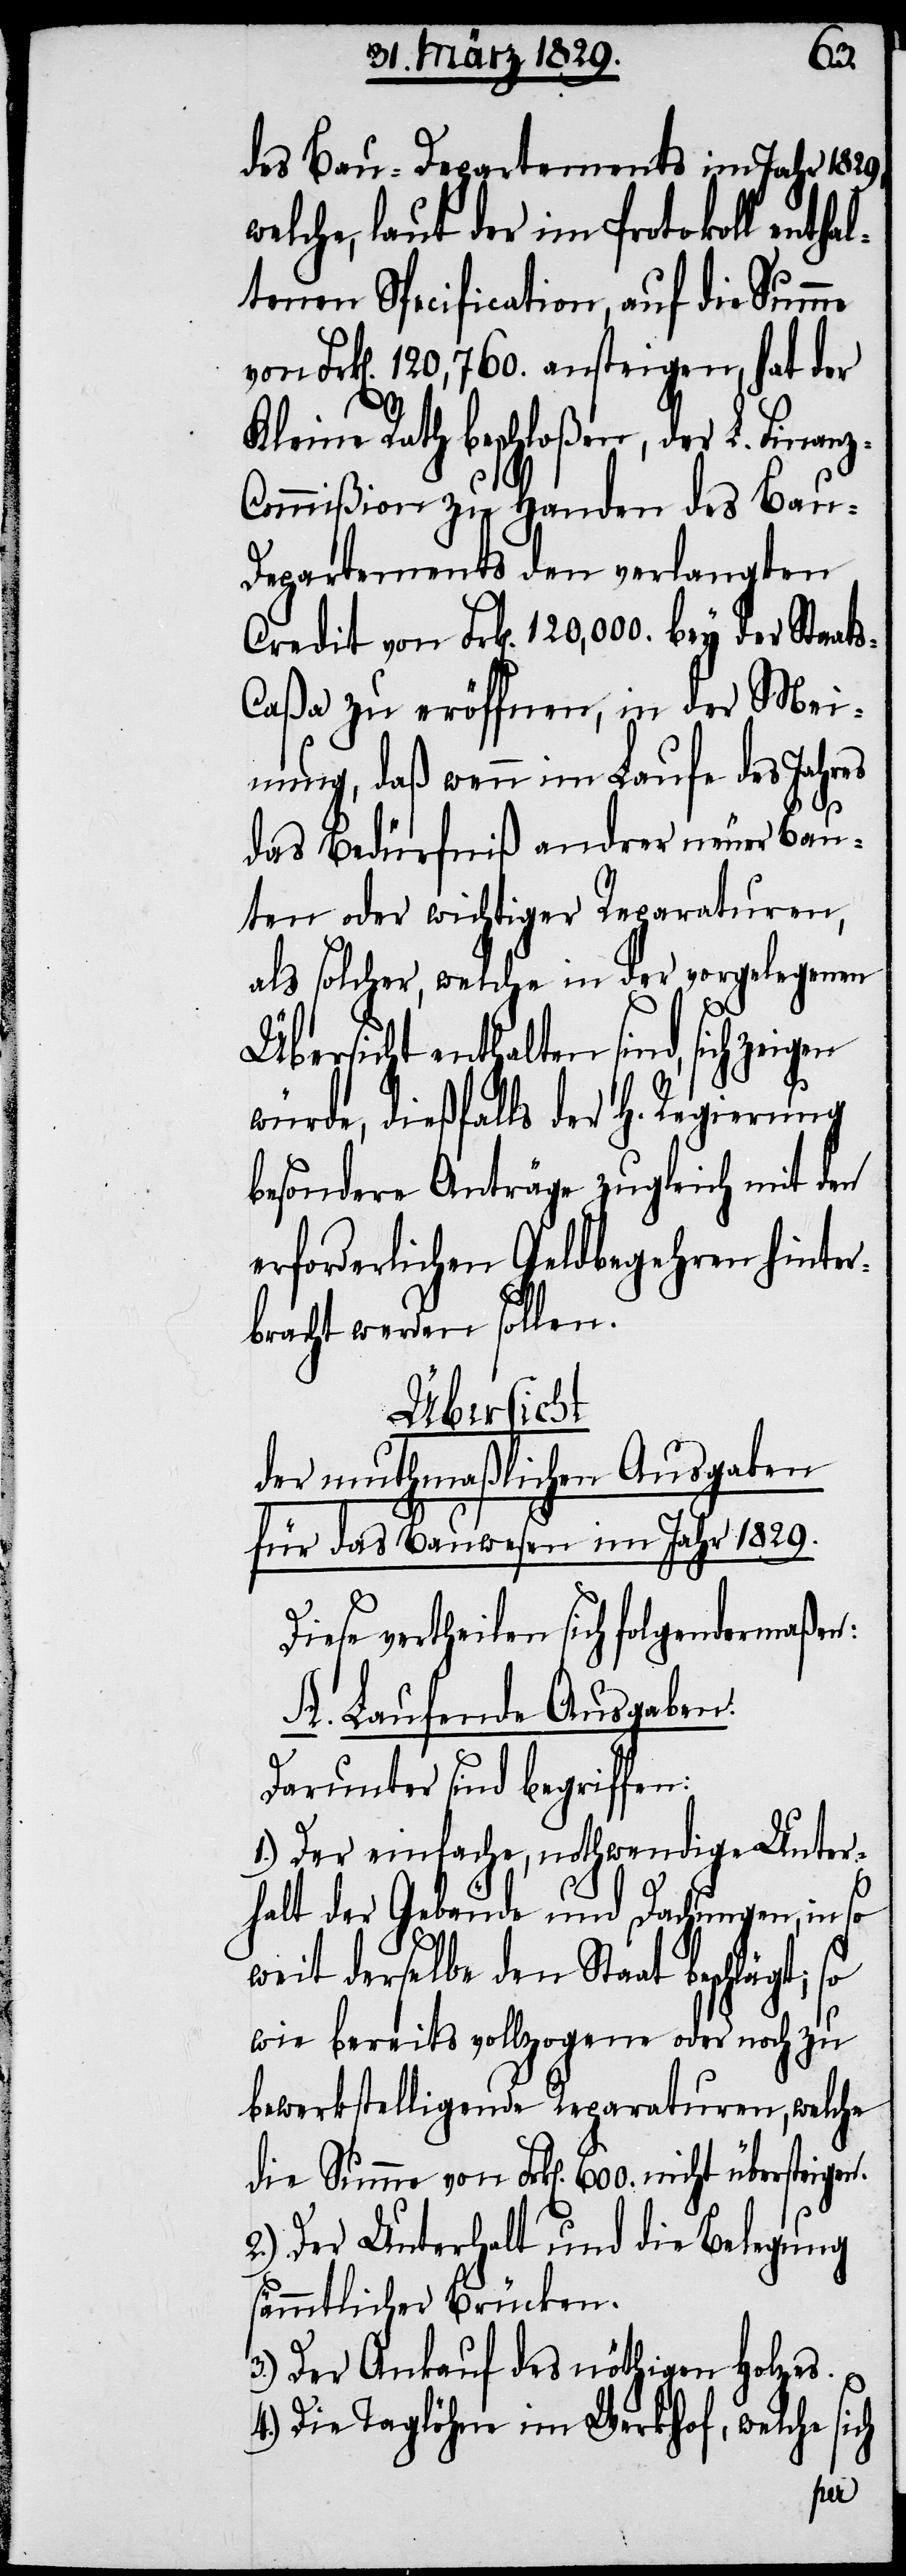
gen
des Bau-Departements im Jahr 1829,
welche, laut der im Protokoll enthal¬
tenen Specification, auf die Summe
von Frk[en]. 120,760. ansteigen, hat der
Kleine Rath beschloßen, der L. Finan¬
ommißion zu Handen des Ba¬
u-Departements den verlangten
s-Caßa zu eröffnen, in der Mei¬
nung, daß wenn im Laufe des Jahres
ch
das Bedürfniß andrer neuer Bau¬
ten oder wichtiger Reparaturen,
als solcher, welche in der vorgelegenen
Übersicht enthalten sind, sich zei¬
würde, dießfalls der H. Regierung
besondere Anträge zugleich mit den
erforderlichen Geldbegehren hinter¬
bracht werden sollen.
Übersicht
der muthmaßlichen Ausgaben
für das Bauwesen im Jahr 1829.
Diese vertheilen sich folgendermaßen:
A. Laufende Ausgaben:
Darunter sind begriffen:
1.) Der einfache, nothwendige Unter¬
halt der Gebäude und Dachungen, in so
weit derselbe den Staat beschlägt;
wie bereits vollzogene oder noch zu
bewerkstelligende Reparaturen, welche
die Summe von Frk[en]. 600. nicht übersteigen.
2.) Der Unterhalt und die Belegung
sämmtlicher Brücken.
3.) Der Ankauf des nöthigen Holzes.
4.) Die Taglöhne im Werkhof, welche si¬
Staat¬